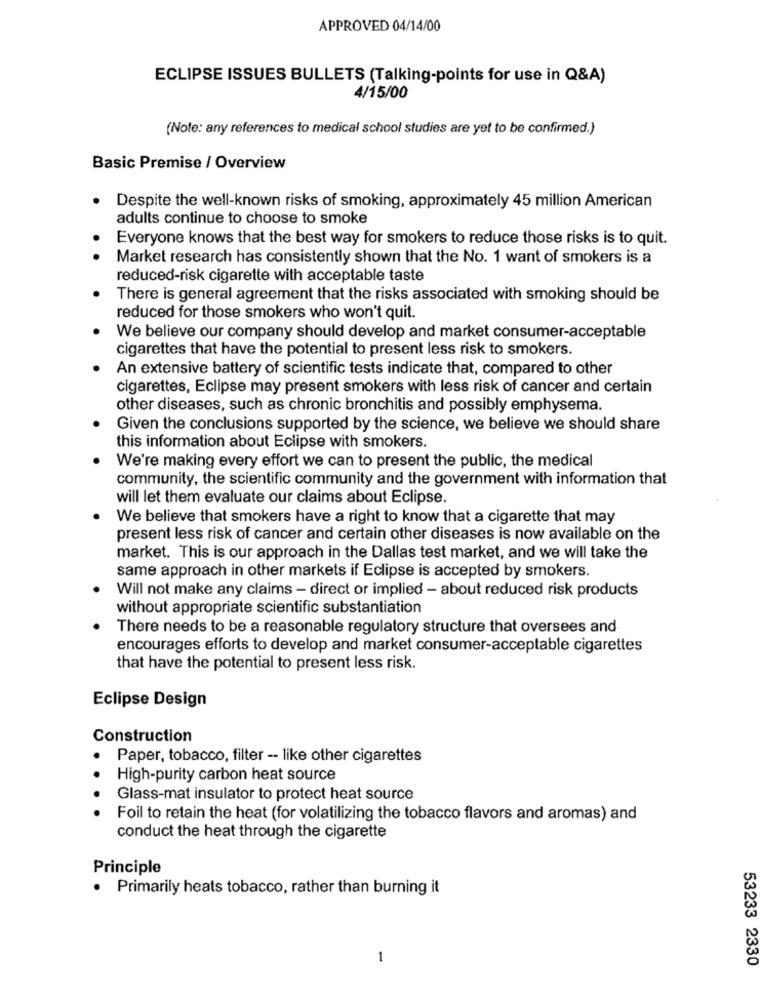
APPROVED 04/14/00
ECLIPSE ISSUES BULLETS (Talking-points for use in Q&A)
4/15/00
(Note: any references to medical school studies are yet to be confirmed.)
Basic Premise / Overview
Despite the well-known risks of smoking, approximately 45 million American
adults continue to choose to smoke
Everyone knows that the best way for smokers to reduce those risks is to quit.
Market research has consistently shown that the No. 1 want of smokers is a
reduced-risk cigarette with acceptable taste
There is general agreement that the risks associated with smoking should be
reduced for those smokers who won't quit.
We believe our company should develop and market consumer-acceptable
cigarettes that have the potential to present less risk to smokers.
An extensive battery of scientific tests indicate that, compared to other
cigarettes, Eclipse may present smokers with less risk of cancer and certain
other diseases, such as chronic bronchitis and possibly emphysema.
Given the conclusions supported by the science, we believe we should share
this information about Eclipse with smokers.
We're making every effort we can to present the public, the medical
community, the scientific community and the government with information that
will let them evaluate our claims about Eclipse.
We believe that smokers have a right to know that a cigarette that may
present less risk of cancer and certain other diseases is now available on the
market. This is our approach in the Dallas test market, and we will take the
same approach in other markets if Eclipse is accepted by smokers.
Will not make any claims - direct or implied - about reduced risk products
without appropriate scientific substantiation
There needs to be a reasonable regulatory structure that oversees and
encourages efforts to develop and market consumer-acceptable cigarettes
that have the potential to present less risk.
Eclipse Design
Construction
Paper, tobacco, filter -- like other cigarettes
.
High-purity carbon heat source
Glass-mat insulator to protect heat source
Foil to retain the heat (for volatilizing the tobacco flavors and aromas) and
conduct the heat through the cigarette
Principle
. Primarily heats tobacco, rather than burning it
1
53233 2330